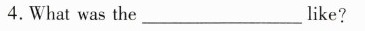
4.What was the___like?